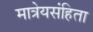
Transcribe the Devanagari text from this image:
मात्रेयसंहिता